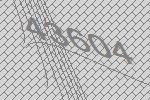
43604